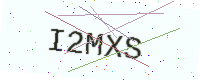
Text: I2MXS